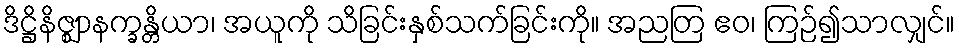
ဒိဋ္ဌိနိဇ္ဈာနက္ခန္တိယာ၊ အယူကို သိခြင်းနှစ်သက်ခြင်းကို။ အညတြ ဧဝ၊ ကြဉ်၍သာလျှင်။